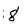
Character: 8